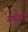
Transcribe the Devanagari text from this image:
जायीदाएं